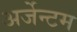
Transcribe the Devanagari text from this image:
अर्जेन्टम